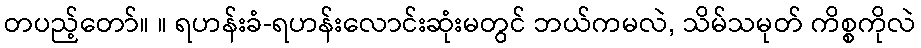
တပည့်တော်။ ။ ရဟန်းခံ-ရဟန်းလောင်းဆုံးမတွင် ဘယ်ကမလဲ, သိမ်သမုတ် ကိစ္စကိုလဲ